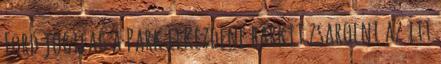
Ford jogilag a Park elkezdene bárkit zsarolni az itt